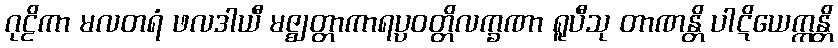
ဂုဠိကာ မလတရံ ဖလဒါယီ မဇ္ဈတ္တာကာရပ္ပဝတ္တိလက္ခဏာ ရူပီသု တာဏန္တိ ပါဋိယေက္ကန္တိ